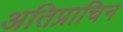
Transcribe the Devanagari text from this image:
अतिप्राचिन